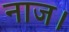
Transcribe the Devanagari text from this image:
नाज।